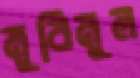
মুবিনুল